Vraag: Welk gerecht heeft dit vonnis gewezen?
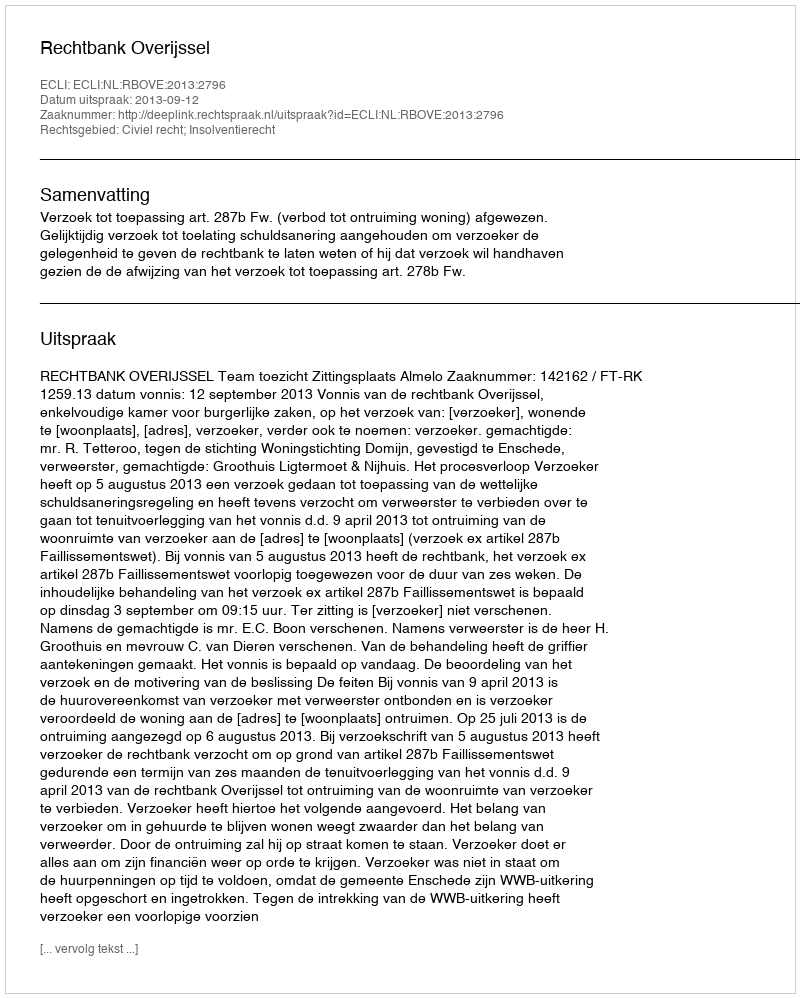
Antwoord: Rechtbank Overijssel